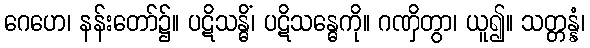
ဂေဟေ၊ နန်းတော်၌။ ပဋိသန္ဓိံ၊ ပဋိသန္ဓေကို။ ဂဏှိတွာ၊ ယူ၍။ သတ္တန္နံ၊